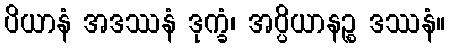
ပိယာနံ အဒဿနံ ဒုက္ခံ၊ အပ္ပိယာနဉ္စ ဒဿနံ။